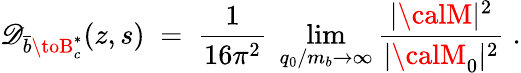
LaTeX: \mathscr{D}_{\bar{{b}}\toB_{c}^{*}}(z,s)\; =\; {\frac{{1}}{{16\pi^{2}}}}\; \operatorname*{lim}_{q_{0}/m_{b}\rightarrow\infty}{\frac{{|{\calM}|^{2}}}{{|{\calM}_{0}|^{2}}}}\; .